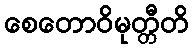
စေတောဝိမုတ္တီတိ